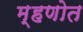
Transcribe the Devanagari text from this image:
म्हणोत